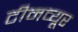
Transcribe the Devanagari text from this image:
टीमव्यूर